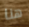
هنا